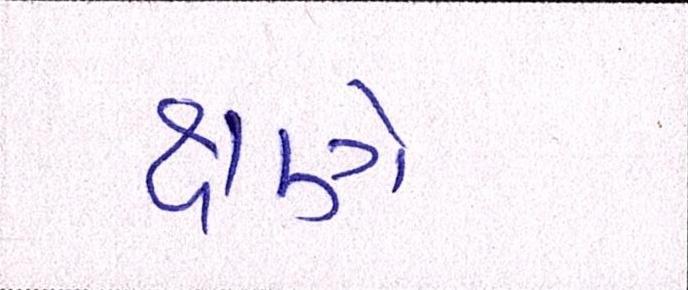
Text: ક્ષણે